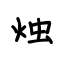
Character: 烛